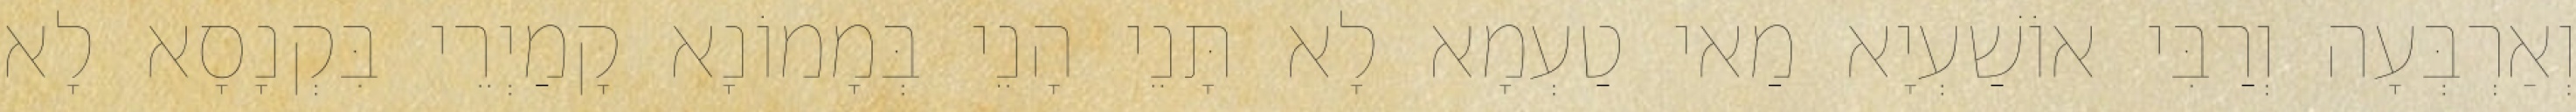
וְאַרְבְּעָה וְרַבִּי אוֹשַׁעְיָא מַאי טַעְמָא לָא תָּנֵי הָנֵי בְּמָמוֹנָא קָמַיְרֵי בִּקְנָסָא לָא